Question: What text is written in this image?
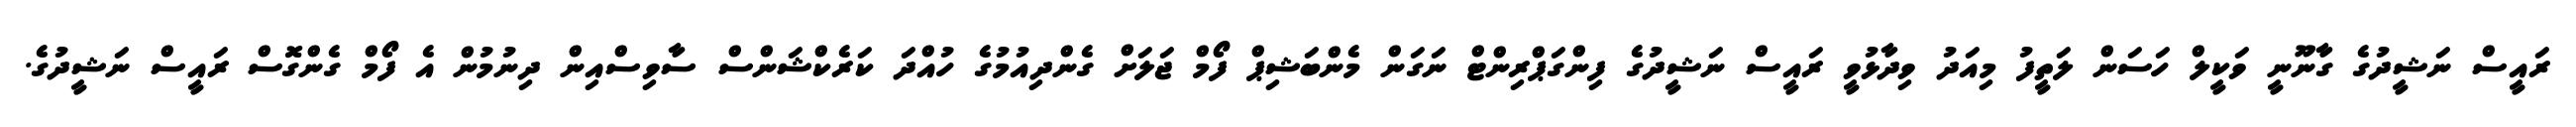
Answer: ރައީސް ނަޝީދުގެ ގާނޫނީ ވަކީލް ހަސަން ލަތީފު މިއަދު ވިދާޅުވީ ރައީސް ނަޝީދުގެ ފިންގަޕްރިންޓް ނަގަން މެންބަޝިޕް ފޯމް ޖަލަށް ގެންދިއުމުގެ ހުއްދަ ކަރެކްޝަންސް ސާވިސްއިން ދިނުމުން އެ ފޯމް ގެންގޮސް ރައީސް ނަޝީދުގެ.